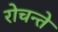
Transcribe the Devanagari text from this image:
रोचन्ते